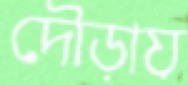
দৌড়ায়